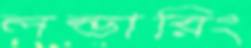
লন্ডারিং